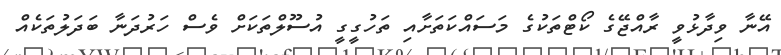
އޭނާ ވިދާޅުވީ ރާއްޖޭގެ ކޯޓްތަކުގެ މަސައްކަތަށާއި ތަހުގީގީ އުސޫލްތަކަށް ވެސް ހަރުދަނާ ބަދަލުތަކެއް